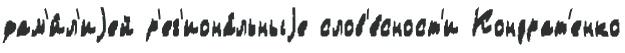
фам'и́л'иjей р'ег'иона́льныjе слов'е́сност'и Кондрат'енко